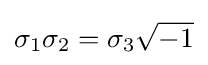
\sigma _{1}\sigma _{2}=\sigma _{3}{\sqrt {-1}}